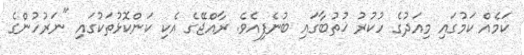
ކަމެއް ކަމުގައި މިއަދުގެ ހުކުރު ޚުތުބާގައި ބުނެފިއެވެ. ރާއްޖޭގެ އެކި ކަންކޮޅުތަކުގައި "ނަރުހުންގެ